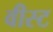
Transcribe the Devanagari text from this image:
वीस्ट